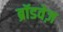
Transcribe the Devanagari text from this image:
ब्रॉडवेज़